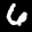
Label: 6